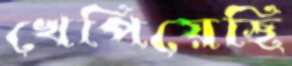
খেপিয়েছি